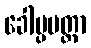
ခေါပ္ပမတ္တာ